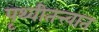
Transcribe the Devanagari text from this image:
पृथ्वीतत्त्वात